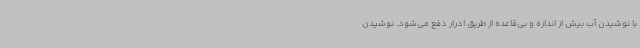
با نوشیدن آب بیش از اندازه و بی‌قاعده از طریق ادرار دفع می‌شود. نوشیدن